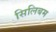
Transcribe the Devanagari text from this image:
सिलिबम